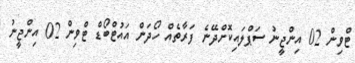
ޓްވިން 02 އިންޖީނު ސަޕްލައިކޮށްދޭނެ ފަރާތެއް ހޯދަން އައުޓްބޯޑް ޓްވިން 02 އިންޖީނު